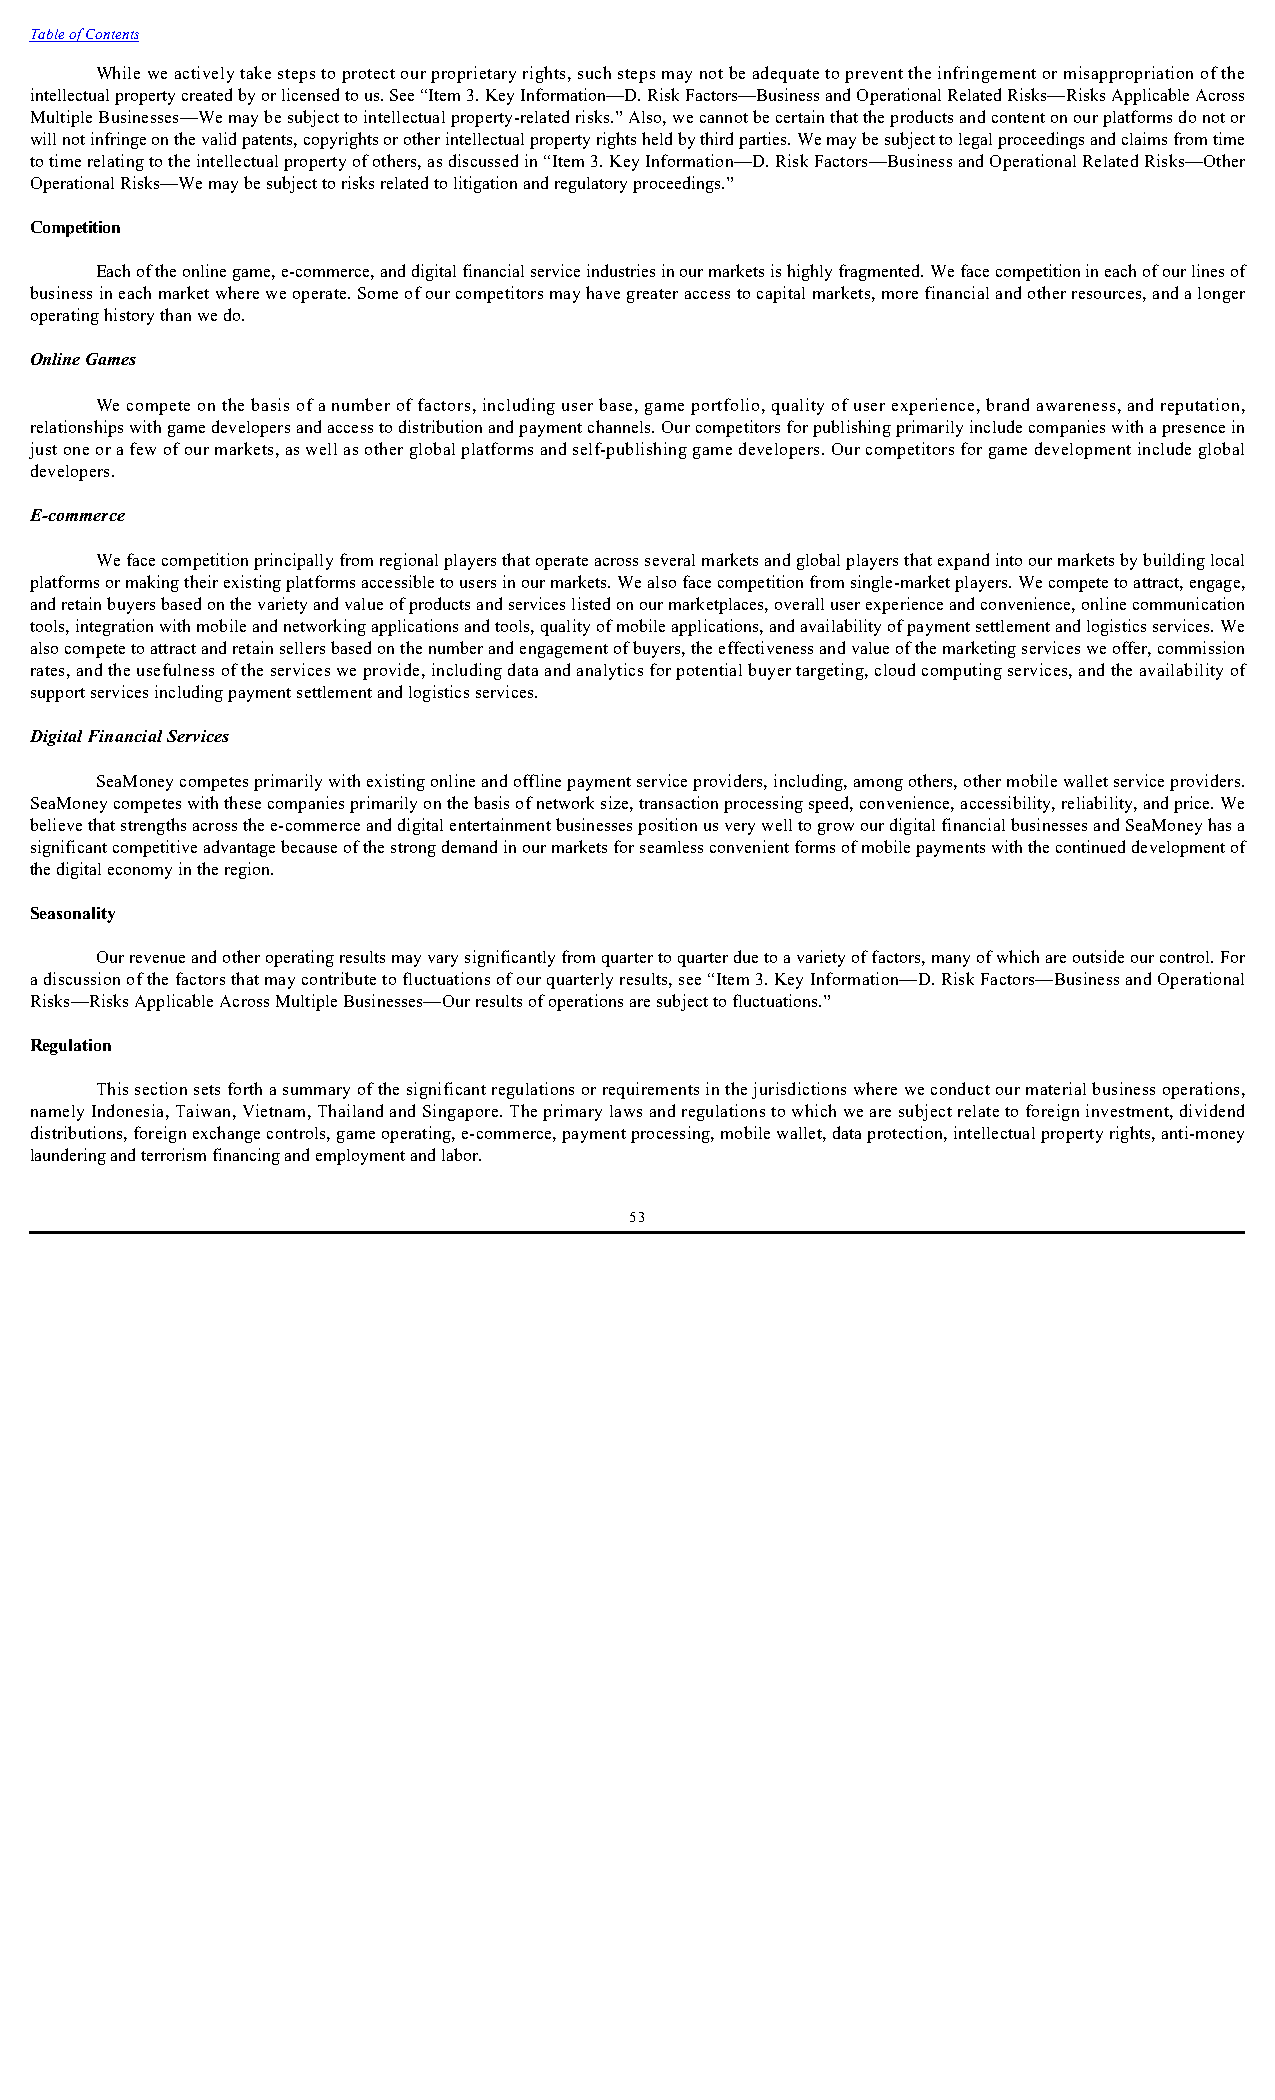
Table of Contents
 While we actively take steps to protect our proprietary rights, such steps may not be adequate to prevent the infringement or misappropriation of the
 intellectual property created by or licensed to us. See “Item 3. Key Information—D. Risk Factors—Business and Operational Related Risks—Risks Applicable Across
 Multiple Businesses—We may be subject to intellectual property-related risks.” Also, we cannot be certain that the products and content on our platforms do not or
 will not infringe on the valid patents, copyrights or other intellectual property rights held by third parties. We may be subject to legal proceedings and claims from time
 to time relating to the intellectual property of others, as discussed in “Item 3. Key Information—D. Risk Factors—Business and Operational Related Risks—Other
 Operational Risks—We may be subject to risks related to litigation and regulatory proceedings.”
 Competition
 Each of the online game, e-commerce, and digital financial service industries in our markets is highly fragmented. We face competition in each of our lines of
 business in each market where we operate. Some of our competitors may have greater access to capital markets, more financial and other resources, and a longer
 operating history than we do.
 Online Games
 We compete on the basis of a number of factors, including user base, game portfolio, quality of user experience, brand awareness, and reputation,
 relationships with game developers and access to distribution and payment channels. Our competitors for publishing primarily include companies with a presence in
 just one or a few of our markets, as well as other global platforms and self-publishing game developers. Our competitors for game development include global
 developers.
 E-commerce
 We face competition principally from regional players that operate across several markets and global players that expand into our markets by building local
 platforms or making their existing platforms accessible to users in our markets. We also face competition from single-market players. We compete to attract, engage,
 and retain buyers based on the variety and value of products and services listed on our marketplaces, overall user experience and convenience, online communication
 tools, integration with mobile and networking applications and tools, quality of mobile applications, and availability of payment settlement and logistics services. We
 also compete to attract and retain sellers based on the number and engagement of buyers, the effectiveness and value of the marketing services we offer, commission
 rates, and the usefulness of the services we provide, including data and analytics for potential buyer targeting, cloud computing services, and the availability of
 support services including payment settlement and logistics services.
 Digital Financial Services
 SeaMoney competes primarily with existing online and offline payment service providers, including, among others, other mobile wallet service providers.
 SeaMoney competes with these companies primarily on the basis of network size, transaction processing speed, convenience, accessibility, reliability, and price. We
 believe that strengths across the e-commerce and digital entertainment businesses position us very well to grow our digital financial businesses and SeaMoney has a
 significant competitive advantage because of the strong demand in our markets for seamless convenient forms of mobile payments with the continued development of
 the digital economy in the region.
 Seasonality
 Our revenue and other operating results may vary significantly from quarter to quarter due to a variety of factors, many of which are outside our control. For
 a discussion of the factors that may contribute to fluctuations of our quarterly results, see “Item 3. Key Information—D. Risk Factors—Business and Operational
 Risks—Risks Applicable Across Multiple Businesses—Our results of operations are subject to fluctuations.”
 Regulation
 This section sets forth a summary of the significant regulations or requirements in the jurisdictions where we conduct our material business operations,
 namely Indonesia, Taiwan, Vietnam, Thailand and Singapore. The primary laws and regulations to which we are subject relate to foreign investment, dividend
 distributions, foreign exchange controls, game operating, e-commerce, payment processing, mobile wallet, data protection, intellectual property rights, anti-money
 laundering and terrorism financing and employment and labor.
 53